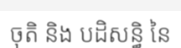
ចុតិ និង បដិសន្ធិ នៃ